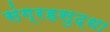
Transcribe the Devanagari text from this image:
संग्रहसुद्धा